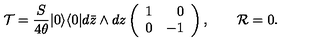
{ \cal T } = \frac { S } { 4 \theta } | 0 \rangle \langle 0 | d \bar { z } \wedge d z \left( \begin{array} { r r } { 1 } & { 0 } \\ { 0 } & { - 1 } \\ \end{array} \right) , \qquad { \cal R } = 0 .